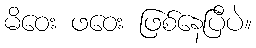
မိဝေး ဖဝေး ဖြစ်နေပြီပဲ။